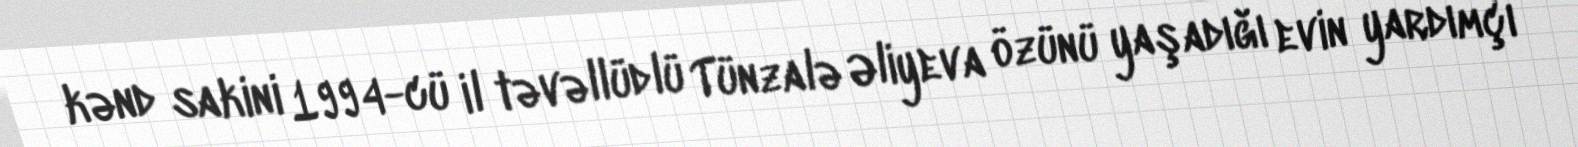
kənd sakini 1994-cü il təvəllüdlü Tünzalə Əliyeva özünü yaşadığı evin yardımçı